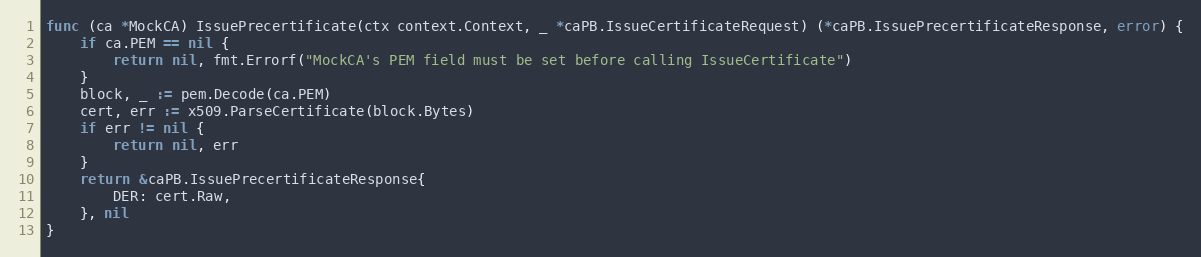
Language: Go
func (ca *MockCA) IssuePrecertificate(ctx context.Context, _ *caPB.IssueCertificateRequest) (*caPB.IssuePrecertificateResponse, error) {
	if ca.PEM == nil {
		return nil, fmt.Errorf("MockCA's PEM field must be set before calling IssueCertificate")
	}
	block, _ := pem.Decode(ca.PEM)
	cert, err := x509.ParseCertificate(block.Bytes)
	if err != nil {
		return nil, err
	}
	return &caPB.IssuePrecertificateResponse{
		DER: cert.Raw,
	}, nil
}